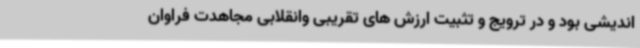
اندیشی بود و در ترویج و تثبیت ارزش های تقریبی وانقلابی مجاهدت فراوان